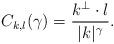
LaTeX: \begin{align*} C_{k,l}(\gamma)= \frac{k^\perp \cdot l}{|k|^\gamma}. \end{align*}